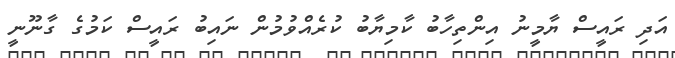
އަދި ރައީސް ޔާމީނު އިންތިހާބު ކާމިޔާބު ކުރެއްވުމުން ނައިބު ރައީސް ކަމުގެ ގާނޫނީ